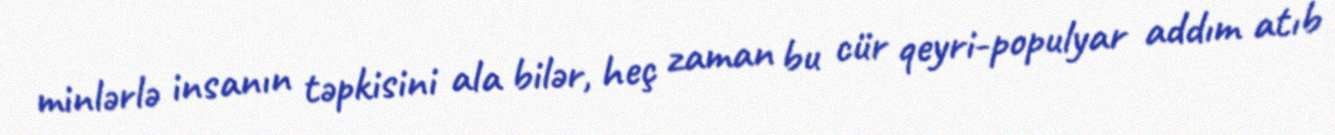
minlərlə insanın təpkisini ala bilər, heç zaman bu cür qeyri-populyar addım atıb